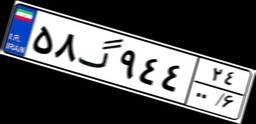
۵۸گ۹۴۴۲۴